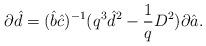
LaTeX: \begin{align*}\partial \hat{d}=(\hat{b}\hat{c})^{-1}(q^3\hat{d}^2-\frac{1}{q}D^{2})\partial \hat{a}. \end{align*}